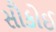
સૌકોઈ